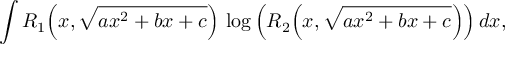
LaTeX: \int R _ { 1 } { \Big ( } x , { \sqrt { a x ^ { 2 } + b x + c } } { \Big ) } \, \log { \Big ( } R _ { 2 } { \Big ( } x , { \sqrt { a x ^ { 2 } + b x + c } } { \Big ) } { \Big ) } \, d x ,